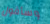
وسأقول